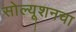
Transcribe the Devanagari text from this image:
सोल्यूशनचा